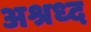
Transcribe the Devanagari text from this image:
अश्रध्द